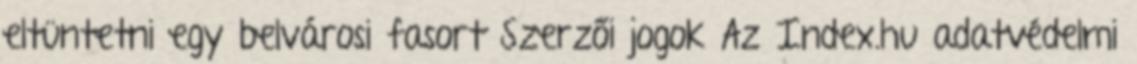
eltüntetni egy belvárosi fasort Szerzői jogok Az Index.hu adatvédelmi